Scottish Leaving Certificate Examination, 1956
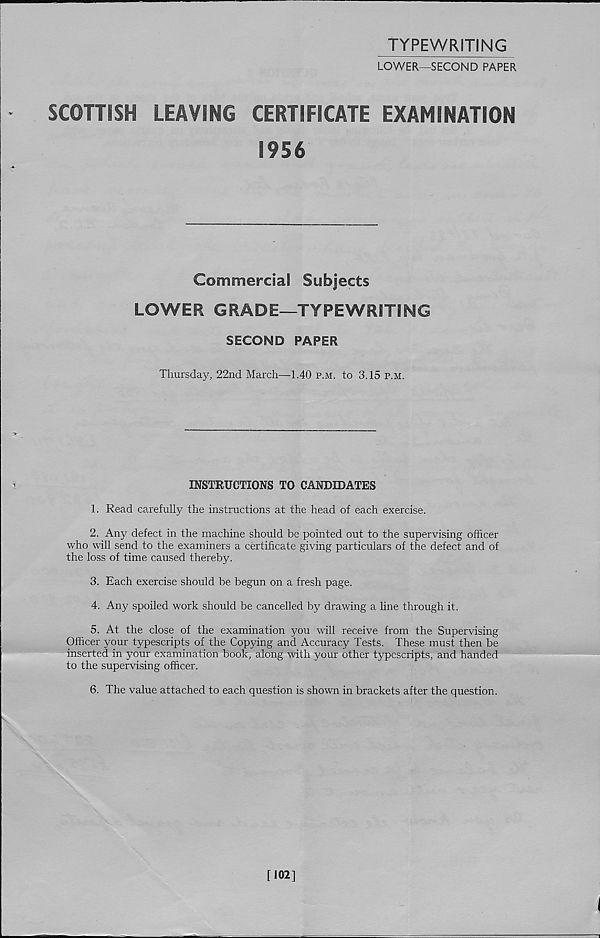
TYPEWRITING
LOWER—SECOND PAPER
SCOTTISH
LEAVING
CERTIFICATE EXAMINATION
1956
Commercial Subjects
LOWER GRADE—TYPEWRITING
SECOND PAPER
Thursday, 22nd March—1.40 p.m. to 3.15 p.m.
INSTRUCTIONS TO CANDIDATES
1. Read carefully the instructions at the head of each exercise.
2. Any defect in the machine should be pointed out to the supervising officer
who will send to the examiners a certificate giving particulars of the defect and of
the loss of time caused thereby.
3. Each exercise should be begun on a fresh page.
4. Any spoiled work should be cancelled by drawing a line through it.
5. At the close of the examination you will receive from the Supervising
Officer your typescripts of the Copying and Accuracy Tests. These must then be
inserted in your examination book, along with your other typescripts, and handed
to the supervising officer.
6. The value attached to each question is shown in brackets after the question.
[102]